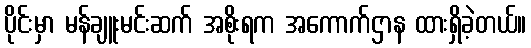
ပိုင်းမှာ မန်ချူးမင်းဆက် အစိုးရက အကောက်ဌာန ထားရှိခဲ့တယ်။